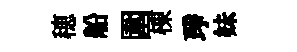
穂船圍棟琤妹